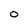
Character: 0